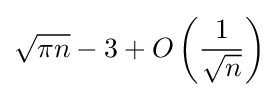
{\sqrt {\pi n}}-3+O\left({\frac {1}{\sqrt {n}}}\right)